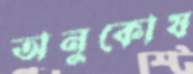
অনুকোষ